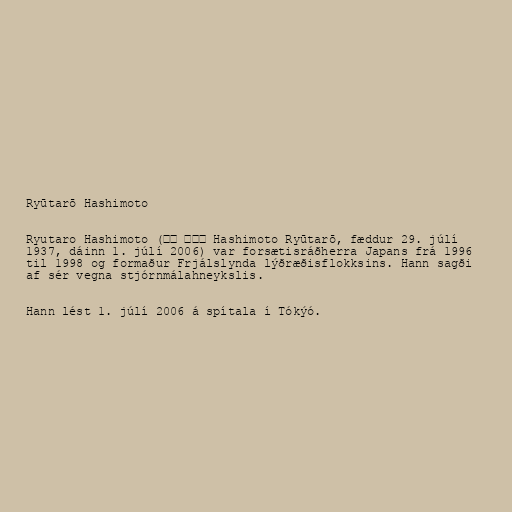
Ryūtarō Hashimoto

Ryutaro Hashimoto (橋本 龍太郎 Hashimoto Ryūtarō, fæddur 29. júlí
1937, dáinn 1. júlí 2006) var forsætisráðherra Japans frá 1996
til 1998 og formaður Frjálslynda lýðræðisflokksins. Hann sagði
af sér vegna stjórnmálahneykslis.

Hann lést 1. júlí 2006 á spítala í Tókýó.